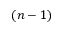
( n - 1 )